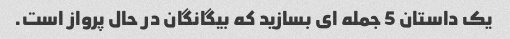
یک داستان 5 جمله ای بسازید که بیگانگان در حال پرواز است.